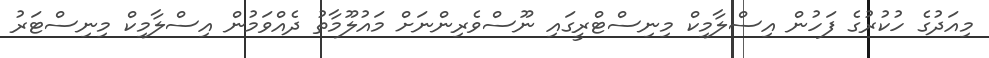
މިއަދުގެ ހުކުރުގެ ފަހުން އިސްލާމިކް މިނިސްޓްރީގައި ނޫސްވެރިންނަށް މައުލޫމާތު ދެއްވަމުން އިސްލާމިކް މިނިސްޓަރު